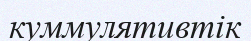
куммулятивтік